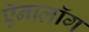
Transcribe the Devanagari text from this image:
ऍनालॉग